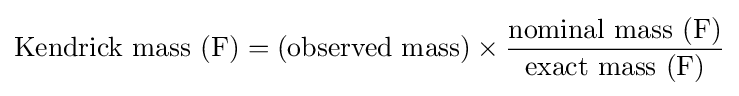
{\text{Kendrick mass (F)}}={\text{(observed mass)}}\times {\frac {\text{nominal mass (F)}}{\text{exact mass (F)}}}